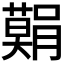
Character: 𮍅